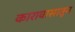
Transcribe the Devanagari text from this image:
कारावासातून